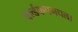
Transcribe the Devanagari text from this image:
वर्ल्डकपमधला